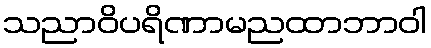
သညာဝိပရိဏာမညထာဘာဝါ